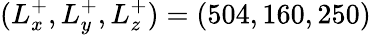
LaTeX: (L_{x}^{+},L_{y}^{+},L_{z}^{+})=(504,160,250)